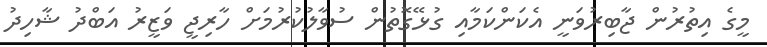
މީގެ އިތުރުން ޖާބިރުވަނީ އެކަންކަމާއި ގުޅޭގޮތުން ސުވާލުކުރުމަށް ހާރިޖީ ވަޒީރު އަބްދު ޝާހިދު